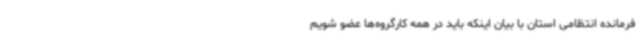
فرمانده انتظامی استان با بیان اینکه باید در همه کارگروه‌ها عضو شویم